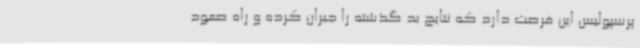
پرسپولیس این فرصت دارد که نتایج بد گذشته را جبران کرده و راه صعود